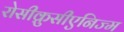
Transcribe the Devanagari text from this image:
रोसीक्रुसीएनिज्म